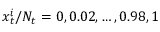
x _ { t } ^ { i } / N _ { t } = 0 , 0 . 0 2 , \ldots , 0 . 9 8 , 1